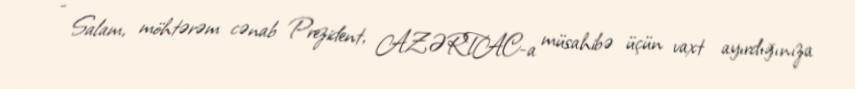
- Salam, möhtərəm cənab Prezident, AZƏRTAC-a müsahibə üçün vaxt ayırdığınıza